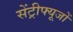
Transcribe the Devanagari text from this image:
सेंट्रीफ्यूजों